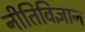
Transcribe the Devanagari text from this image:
नीतिविज्ञान